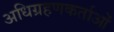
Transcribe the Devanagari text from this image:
अधिग्रहणकर्ताओं